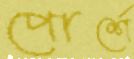
পোর্শে